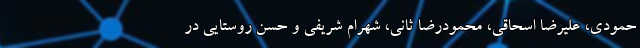
حمودی، علیرضا اسحاقی، محمودرضا ثانی، شهرام شریفی و حسن روستایی در